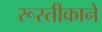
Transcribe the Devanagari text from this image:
रूस्तीकाने